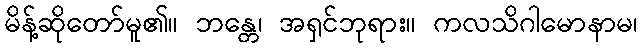
မိန့်ဆိုတော်မူ၏။ ဘန္တေ၊ အရှင်ဘုရား။ ကလသိဂါမောနာမ၊